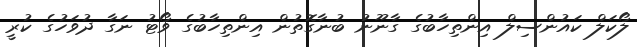
ލޯކަލް ކައުންސިލް އިންތިހާބުގެ ގާނޫނު ބުނާގޮތުން އިންތިހާބުގެ ވޯޓު ނަގާ ދުވަހުގެ ކުރީ